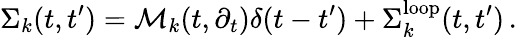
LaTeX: \Sigma_{k}(t,t^{\prime})={\cal M}_{k}(t,\partial_{t})\delta(t-t^{\prime})+\Sigma_{k}^{\mathrm{loop}}(t,t^{\prime})\, .